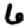
Digit: 6